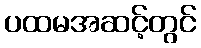
ပထမအဆင့်တွင်